Bréfritari: Guðjón Vigfússon
Viðtakandi: Einar Friðgeirsson
Dagsetning: A-1886-08-18
Skrifað á: Klausturhólum  Árn.

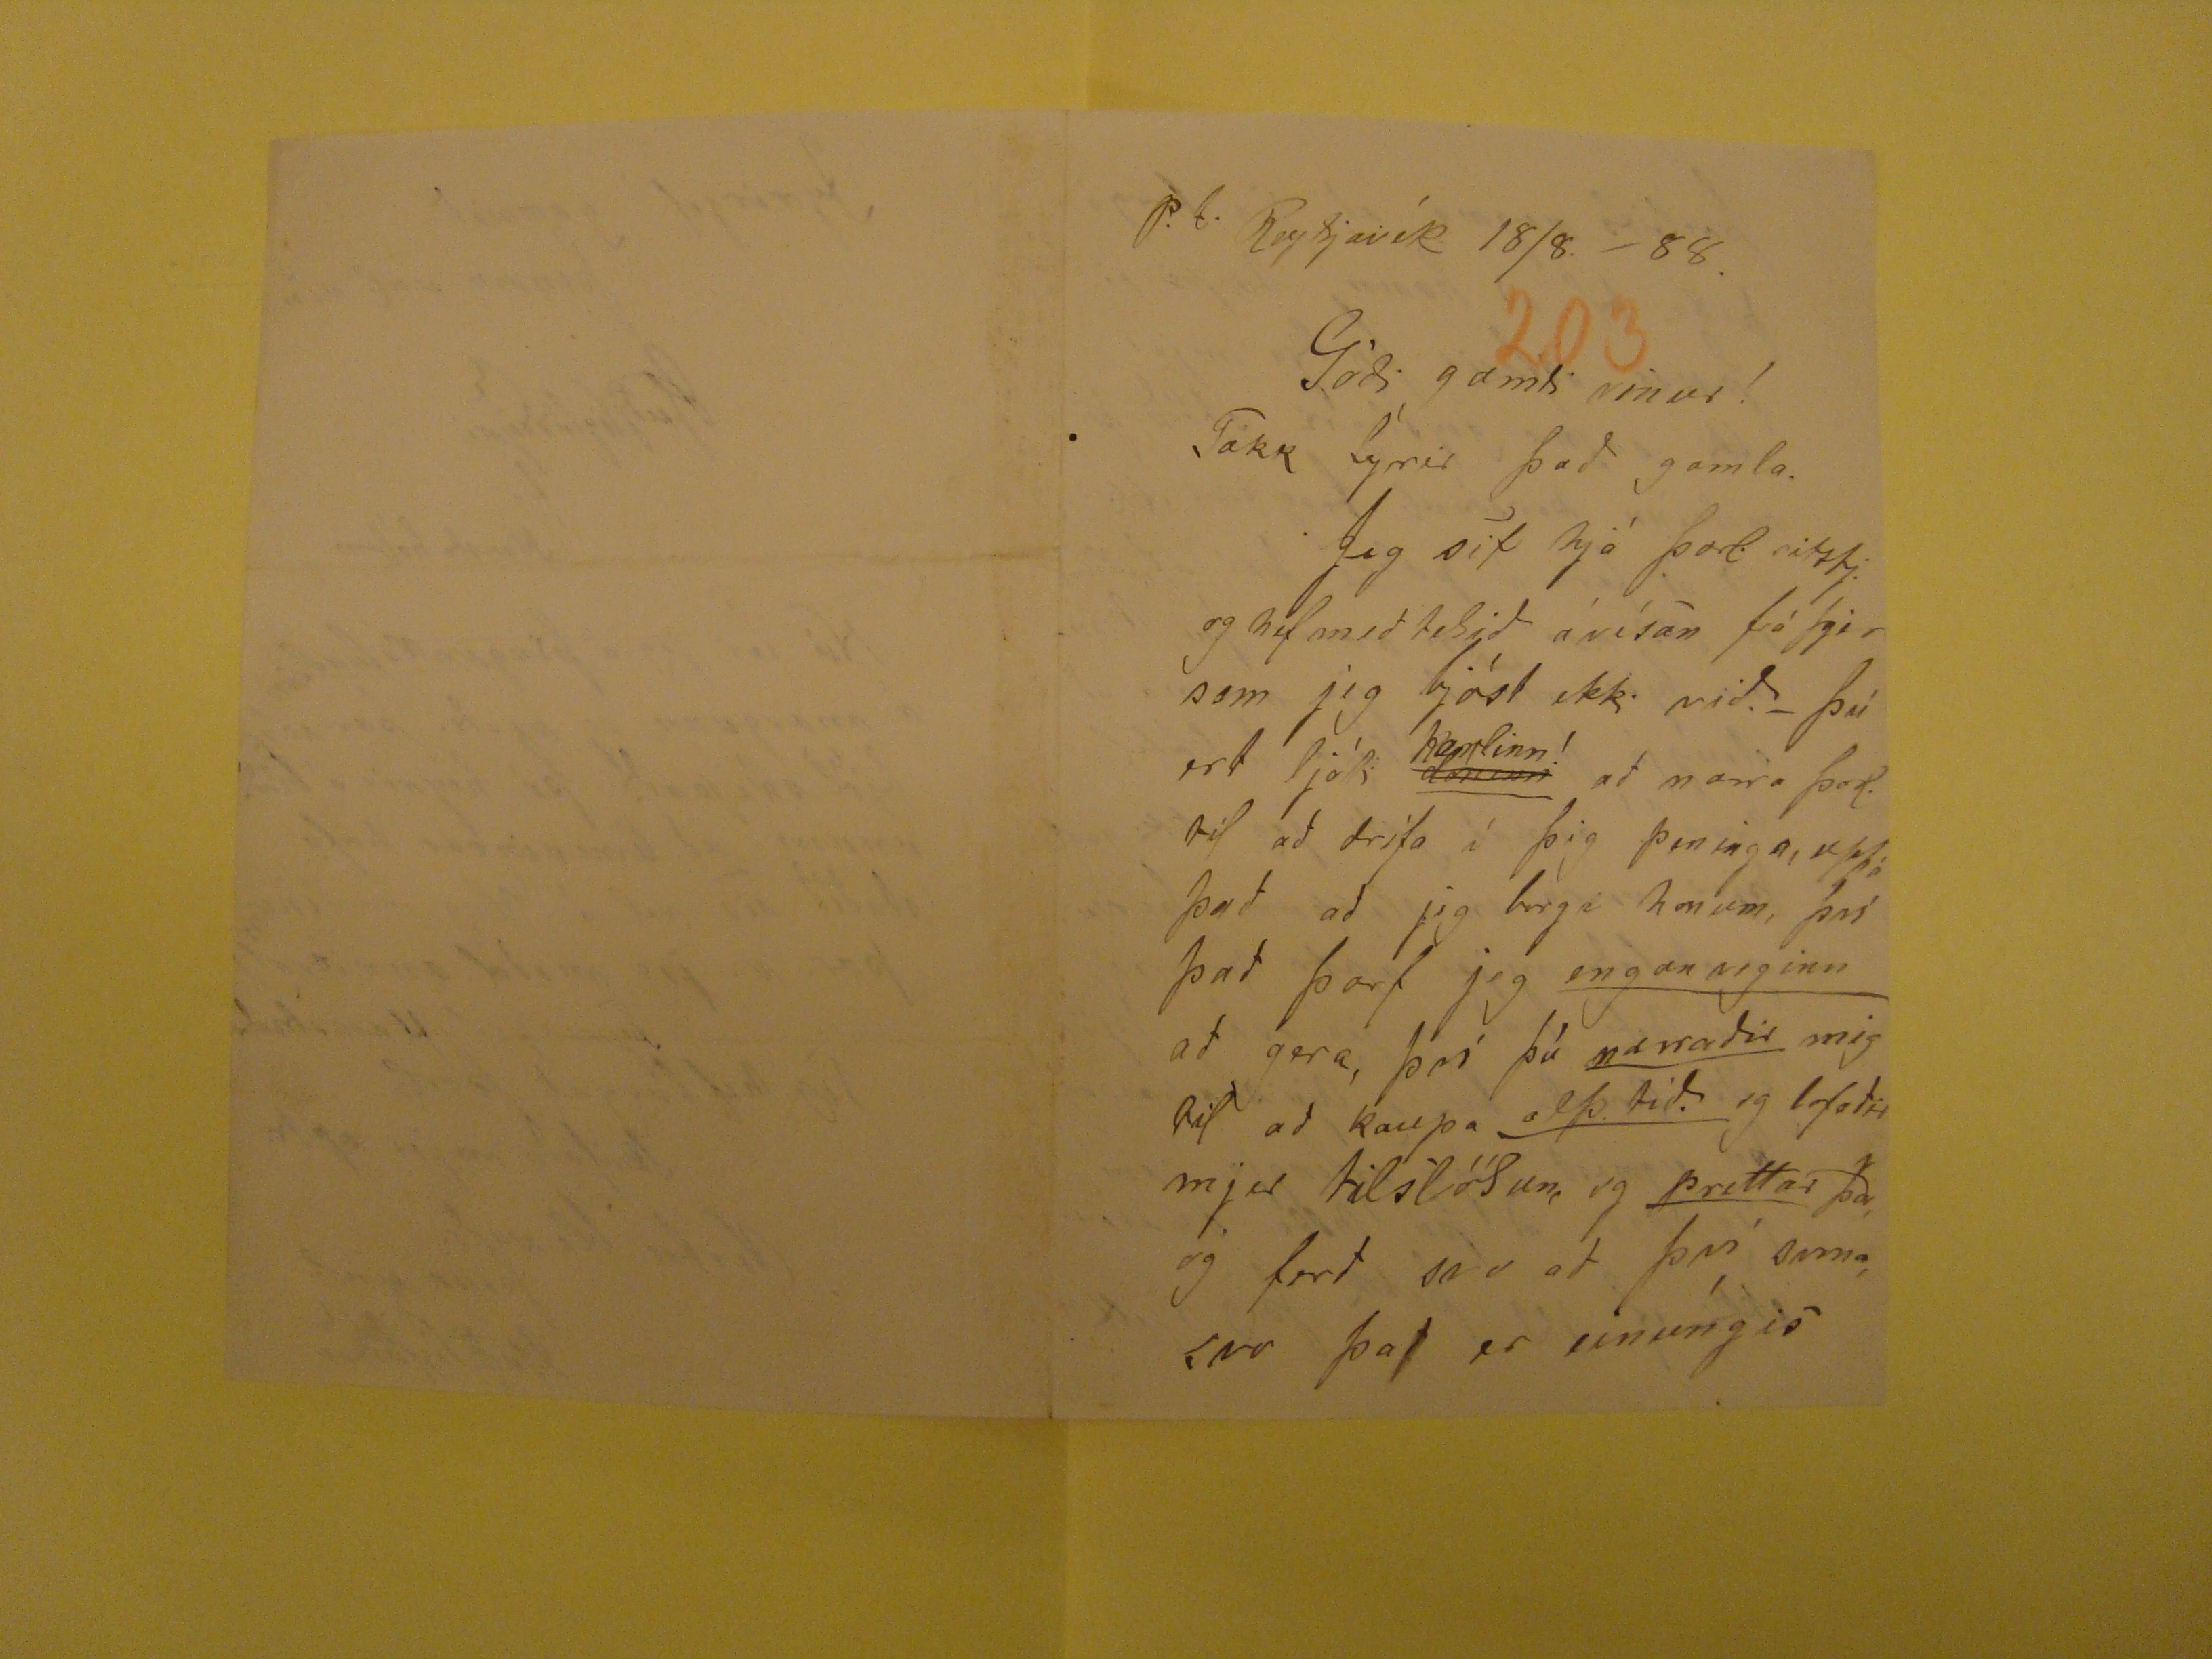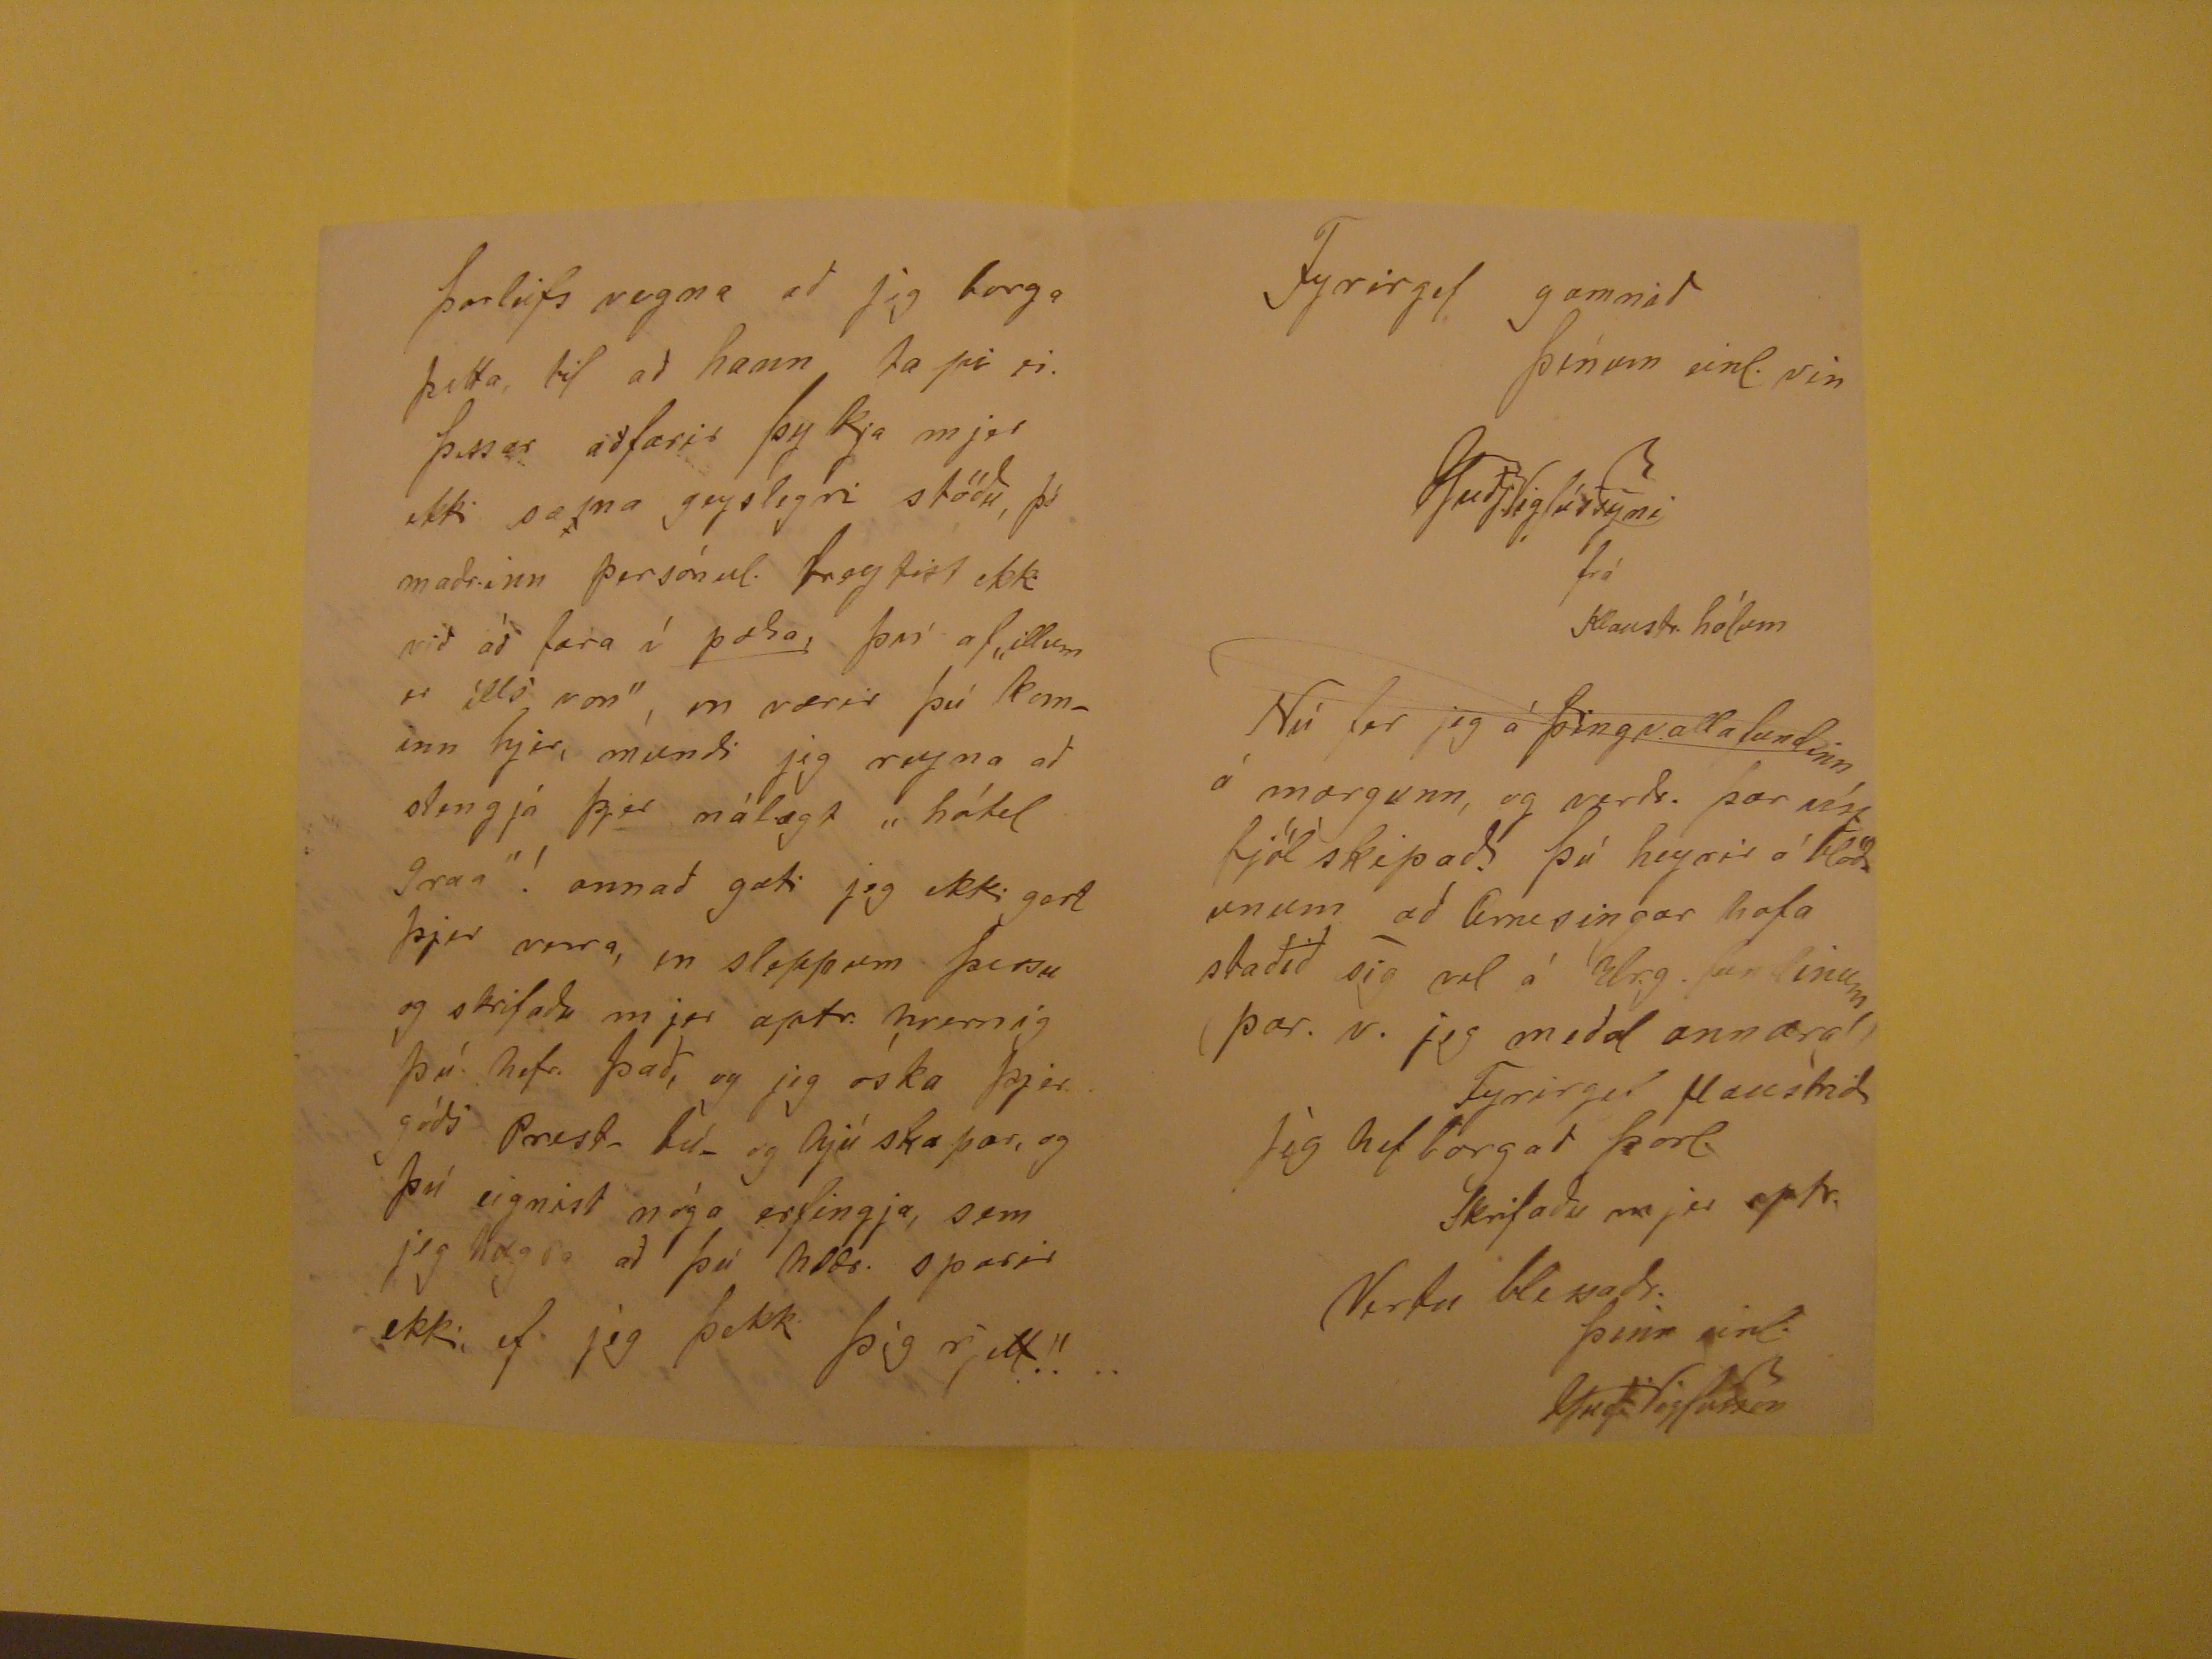

p.t. Reykjavík 18/8. - 88.
Góði gamli vinur!
Takk fyrir það gamla. Jeg sit hjá Þorl. ritstj. og hef með tekið ávísan frá þjer sem jeg bjóst ekki við._ Þú ert ljóti
doninn
karlinn!
að narra Þorl. til að drífa í þig peninga, uppá það að jig borgi honum, því það þarf jeg
enganveginn
að gera, því þú
narraðir
mig til að kaupa
alþ.tíð.
og lofaðir
mjer
tilslöðun
, og
prettar
þá, og ferð svo að því sama svo það er einungis
Þorleifs vegna að jeg borga þetta, til að hann tapi ei. Þessar aðfarir þykja mjer ekki sæma geyslegri stöðu, þó maðrinn persónul. treytist ekki við að fara í
þæða
því af "illum er ílls von", en værir þú kominn hjer, mundði jeg reyna að slengja þjer nálægt "hótel
9raa"! annað gæti jeg ekki gort þjer verra, en sleppum þessu og skrifaðu mjer aptr. hvernig þú hefr. það, og jeg óska þjer góðs prestr
þú
og hjúskapar, og þú eignist n´ga erfingja, sem jeg hugsa að þú
Mæær.
sparir ekki, ef jeg þekki þig rjett!!
Fyrirgef gamnið
Þinum einl. vin
GuðjVigfússyni
frá
Klaustr.hólum
Nú fer jeg á Þingvallafundinn ámorgunn, og verðr. þar víst fjölskipað. þú heyrir á
slóðunum
að Arnesingar hafa staðið sig vel á
Vr.g. fundinum (þar. v. jeg meðal annara)
Fyrirgef flaustrið Jeg hef borgað Þorl.
Skrifaðu mjer aptr.
Vertu belssaðr.
þinn einl.
GuðjVigfússon